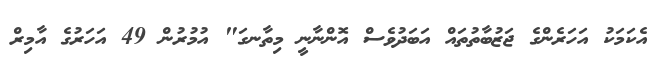
އެކަމަކު އަަހަރެންގެ ޖަޒުބާތުތައް އަބަދުވެސް އޮންނާނީ މިތާނގަ" އުމުރުން 49 އަހަރުގެ އާމިރް